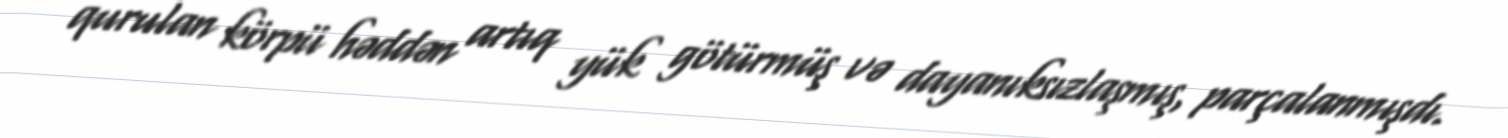
qurulan körpü həddən artıq yük götürmüş və dayanıksızlaşmış, parçalanmışdı.